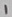
Text: 1